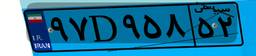
۹۷D۹۵۸۵۲